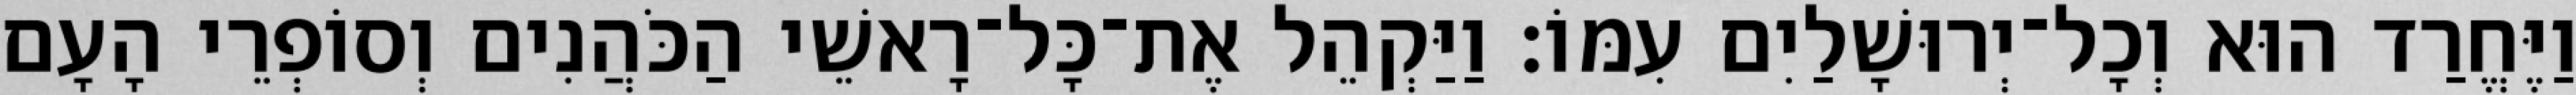
וַיֶּחֱרַד הוּא וְכָל־יְרוּשָׁלַיִם עִמּוֹ׃ וַיַּקְהֵל אֶת־כָּל־רָאשֵׁי הַכֹּהֲנִים וְסוֹפְרֵי הָעָם